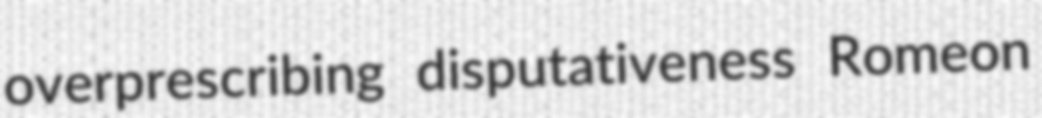
overprescribing disputativeness Romeon